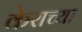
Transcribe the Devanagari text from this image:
केराच्या